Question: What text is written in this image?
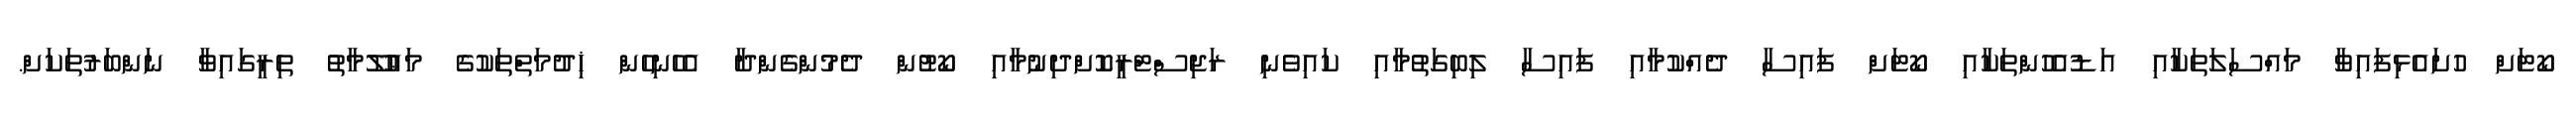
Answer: ކޯޓަށް ހުށައެޅިފައިވާ މައްސަލަތަކާއި އަޑުއެހުންތަކާއި ކޯޓަށް ފައިސާ ދެއްކުމާއި ފައިސާ ލިބިގަތުމާއި ކައިވެނި ރަޖިސްޓްރީކޮށްދިނުމާއި ކޯޓުން ދެމުންގެންދާ އެހެނިހެން ޚިދުމަތްތަކުގެ މަޢުލޫމާތު ތިރީގައިވާ ނަންބަރުތަކަށް.